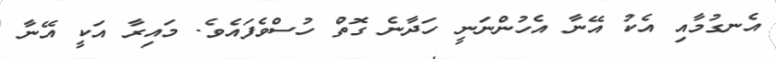
އެނގުމާއި އެކު އޭނާ އެހުންނަނީ ހަދާނެ ގޮތް ހުސްވެފައެވެ. މައިރާ އަކީ އޭނާ